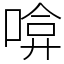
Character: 啽